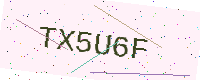
Text: TX5U6F